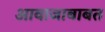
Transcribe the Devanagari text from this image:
आवाजाबाबत